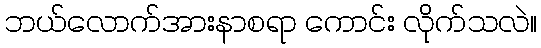
ဘယ်လောက်အားနာစရာ ကောင်း လိုက်သလဲ။